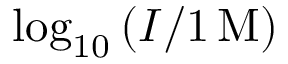
\log _ { 1 0 } \left( I / 1 \, \mathrm { M } \right)